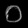
Digit: ၀